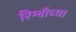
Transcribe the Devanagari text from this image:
रिम्बॉच्या